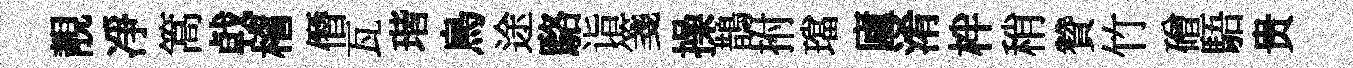
靚凈篙㦸稽僭瓦瑎鳥途駱诣箋操鵲拊璫廬淆柈稍贊竹磳䮏贵